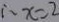
\therefore x = 2